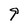
Character: 9